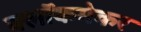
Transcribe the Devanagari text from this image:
क्लॉकमेकर